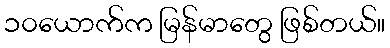
၁၀ယောက်က မြန်မာတွေ ဖြစ်တယ်။